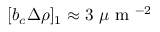
[ b _ { c } \Delta \rho ] _ { 1 } \approx 3 ~ \mu \textrm { m } ^ { - 2 }